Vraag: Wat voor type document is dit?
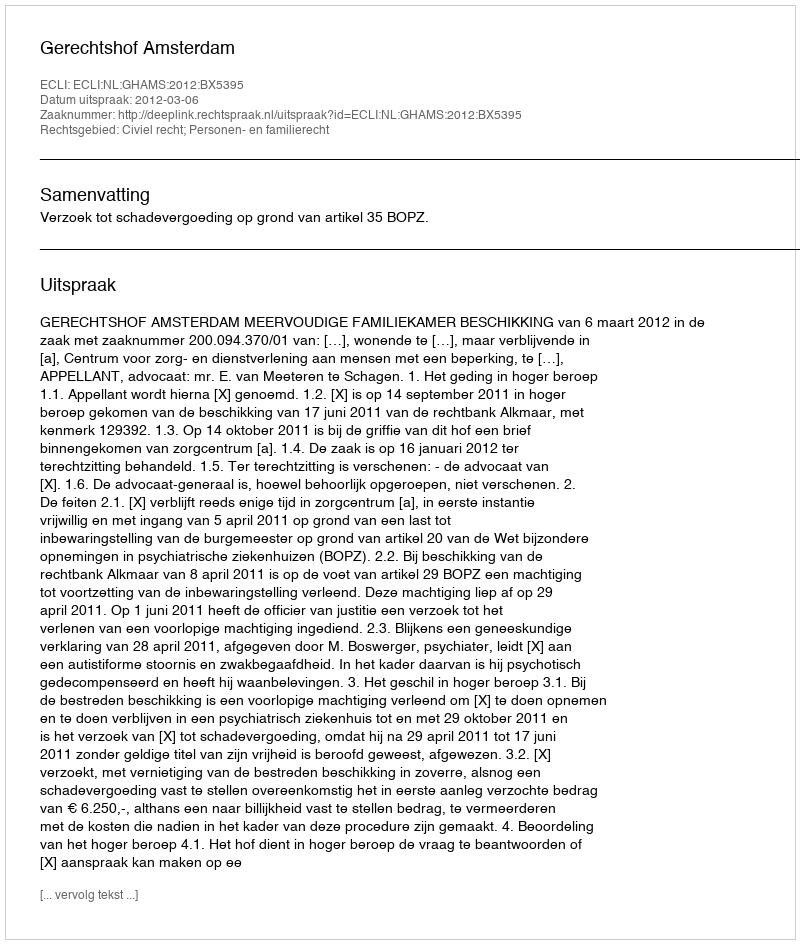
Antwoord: Uitspraak